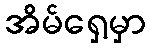
အိမ်ရှေ့မှာ